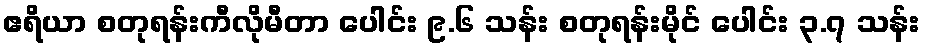
ဧရိယာ စတုရန်းကီလိုမီတာ ပေါင်း ၉.၆ သန်း စတုရန်းမိုင် ပေါင်း ၃.၇ သန်း